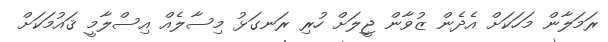
ރަމަލާން މަހަކަށް އެދެން ޒުވާން ޖީލަށް ހުރި ރަނގަޅު މިސާލެއް އިސްލާމީ ޤައުމަކަށް